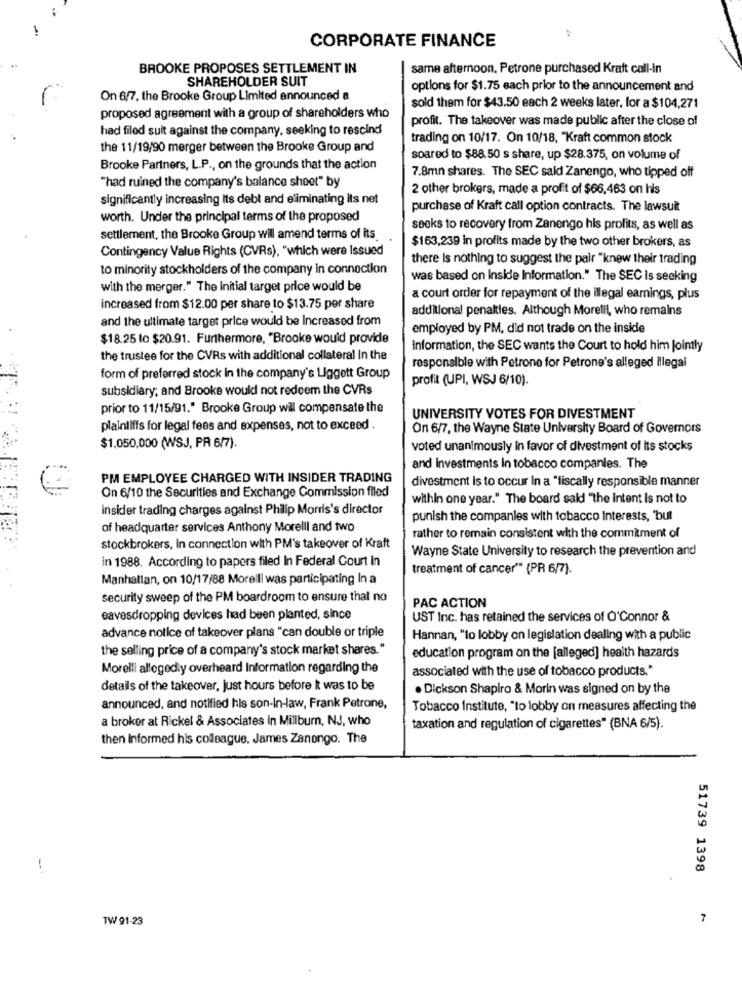
CORPORATE FINANCE
:
BROOKE PROPOSES SETTLEMENT IN
same afternoon, Petrone purchased Kraft call-in
SHAREHOLDER SUIT
options for $1.75 each prior to the announcement and
On 6/7, the Brooke Group Limited announced a
sold them for $43.50 each 2 weeks later, for a $104,271
proposed agreement with a group of shareholders who
profit. The takeover was made public after the close of
had filed suit against the company, seeking to rescind
trading on 10/17. On 10/18, "Kraft common stock
the 11/19/90 merger between the Brooke Group and
soared to $88.50 s share, up $28.375, on volume of
Brooke Partners, L.P ., on the grounds that the action
7.8mn shares. The SEC sald Zanengo, who tipped off
"had ruined the company's balance sheet" by
2 other brokers, made a profit of $66,463 on his
significantly increasing its debt and eliminating its net
purchase of Kraft call option contracts. The lawsuit
worth. Under the principal terms of the proposed
seeks to recovery from Zanengo his profits, as well as
settlement, the Brooke Group will amend terms of its.
Contingency Value Rights (CVRs), "which were Issued
$163,239 in profits made by the two other brokers, as
there Is nothing to suggest the pair "knew their trading
to minority stockholders of the company in connection
was based on Inside Information." The SEC Is seeking
with the merger." The Initial target price would be
a court order for repayment of the illegal earnings, plus
increased from $12.00 per share to $13.75 per share
additional penalties. Although Morelli, who remains
and the ultimate target price would be Increased from
employed by PM, did not trade on the inside
$18.25 to $20.91. Furthermore, "Brooke would provide
information, the SEC wants the Court to hold him Jointly
the trustee for the CVRs with additional collateral In the
responsible with Petrone for Petrone's alleged illegal
form of preferred stock in the company's Liggett Group
profit (UPI, WSJ 6/10).
subsidiary; and Brooke would not redeem the CVRs
prior to 11/15/91." Brooke Group will compensate the
UNIVERSITY VOTES FOR DIVESTMENT
plaintiffs for legal fees and expenses, not to exceed .
On 6/7, the Wayne State University Board of Governors
$1,050,000 (WSJ, PR 6/7).
voted unanimously in favor of divestment of its stocks
and Investments in tobacco companies. The
PM EMPLOYEE CHARGED WITH INSIDER TRADING
divestment is to occur In a "fiscally responsible manner
On 6/10 the Securities and Exchange Commission filed
within one year." The board sald "the intent is not to
insider trading charges against Philip Morris's director
punish the companies with tobacco interests, 'but
of headquarter services Anthony Morelli and two
rather to remain consistent with the commitment of
stockbrokers, In connection with PM's takeover of Kraft
Wayne State University to research the prevention and
in 1988. According to papers filed In Federal Court in
treatment of cancer"" (PR 6/7).
Manhattan, on 10/17/88 Morelli was participating In a
security sweep of the PM boardroom to ensure thal no
PAC ACTION
eavesdropping devices had been planted, since
UST Inc. has retained the services of O'Connor &
advance notice of takeover plans "can double or triple
Hannan, "lo lobby on legislation dealing with a public
the selling price of a company's stock market shares."
education program on the [alleged] health hazards
Morelli allegedly overheard Information regarding the
associated with the use of tobacco products."
details of the takeover, Just hours before It was to be
. Dickson Shapiro & Morin was signed on by the
announced, and notified his son-in-law, Frank Petrone,
Tobacco Institute, "to lobby on measures affecting the
a broker at Rickel & Associates in Millburn, NJ, who
taxation and regulation of cigarettes" (BNA 6/5).
then Informed his colleague. James Zanongo. The
-*
51739 1398
TW 91-23
7